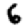
Digit: 6